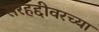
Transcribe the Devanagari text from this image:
सरहद्दीवरच्या